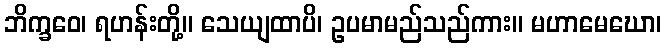
ဘိက္ခဝေ၊ ရဟန်းတို့။ သေယျထာပိ၊ ဥပမာမည်သည်ကား။ မဟာမေဃော၊